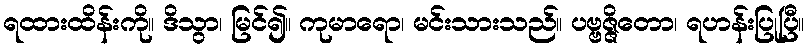
ရထားထိန်းကို။ ဒိသွာ၊ မြင်၍။ ကုမာရော၊ မင်းသားသည်။ ပဗ္ဗဇ္ဇိတော၊ ရဟန်းပြုပြီ။